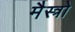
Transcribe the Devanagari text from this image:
मैस्त्रो